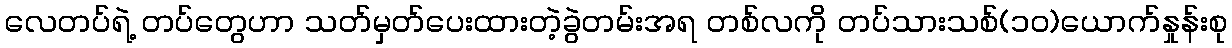
လေတပ်ရဲ့ တပ်တွေဟာ သတ်မှတ်ပေးထားတဲ့ခွဲတမ်းအရ တစ်လကို တပ်သားသစ်(၁၀)ယောက်နှုန်းစု